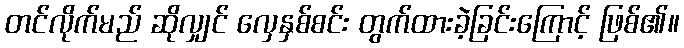
တင်လိုက်မည် ဆိုလျှင် လှေနှစ်စင်း တွက်ထားခဲ့ခြင်းကြောင့် ဖြစ်၏။